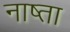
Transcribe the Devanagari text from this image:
नाष्ता